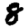
Digit: 8